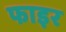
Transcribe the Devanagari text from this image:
फाइर